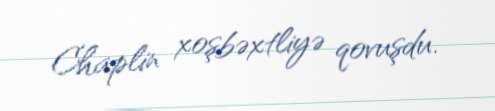
Chaplin xoşbəxtliyə qovuşdu.